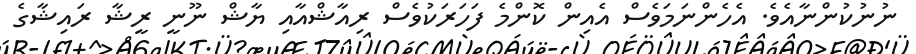
ނުނުކުންނާއެވެ. އެހެންނަމަވެސް އެއިން ކޮންމެ ފަހަރަކުވެސް ރިއާޝްއާއި ޔާޝް ނޫނީ ރީޝާ ރައިޝާގެ